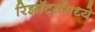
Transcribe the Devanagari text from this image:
रिझॉर्ट्‍समध्ये